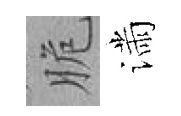
脆滿